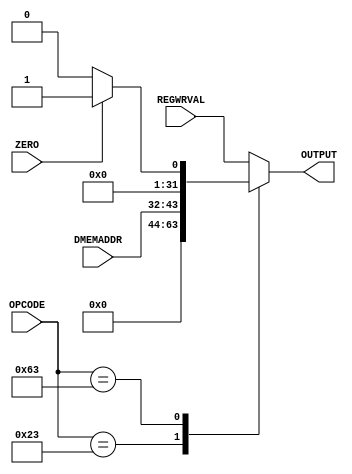
module OUTPUTPORT(

		input wire [31:0] REGWRVAL,
		input wire ZERO,
		input wire [11:0] DMEMADDR,
		input wire [6:0] OPCODE,


		output wire[31:0] OUTPUT

		);
	
		reg[31:0] _OUTPUT;
		assign OUTPUT = _OUTPUT;
		initial _OUTPUT = 0;

		always@ (*) begin
			
			case (OPCODE)
			7'b0100011: begin//SW
				_OUTPUT = DMEMADDR;
			end
			7'b1100011: begin//BR
				if (ZERO) _OUTPUT = 1;
				else _OUTPUT = 0;
			end
			default: begin 
				_OUTPUT = REGWRVAL;	
			end
				
			endcase

		end
endmodule